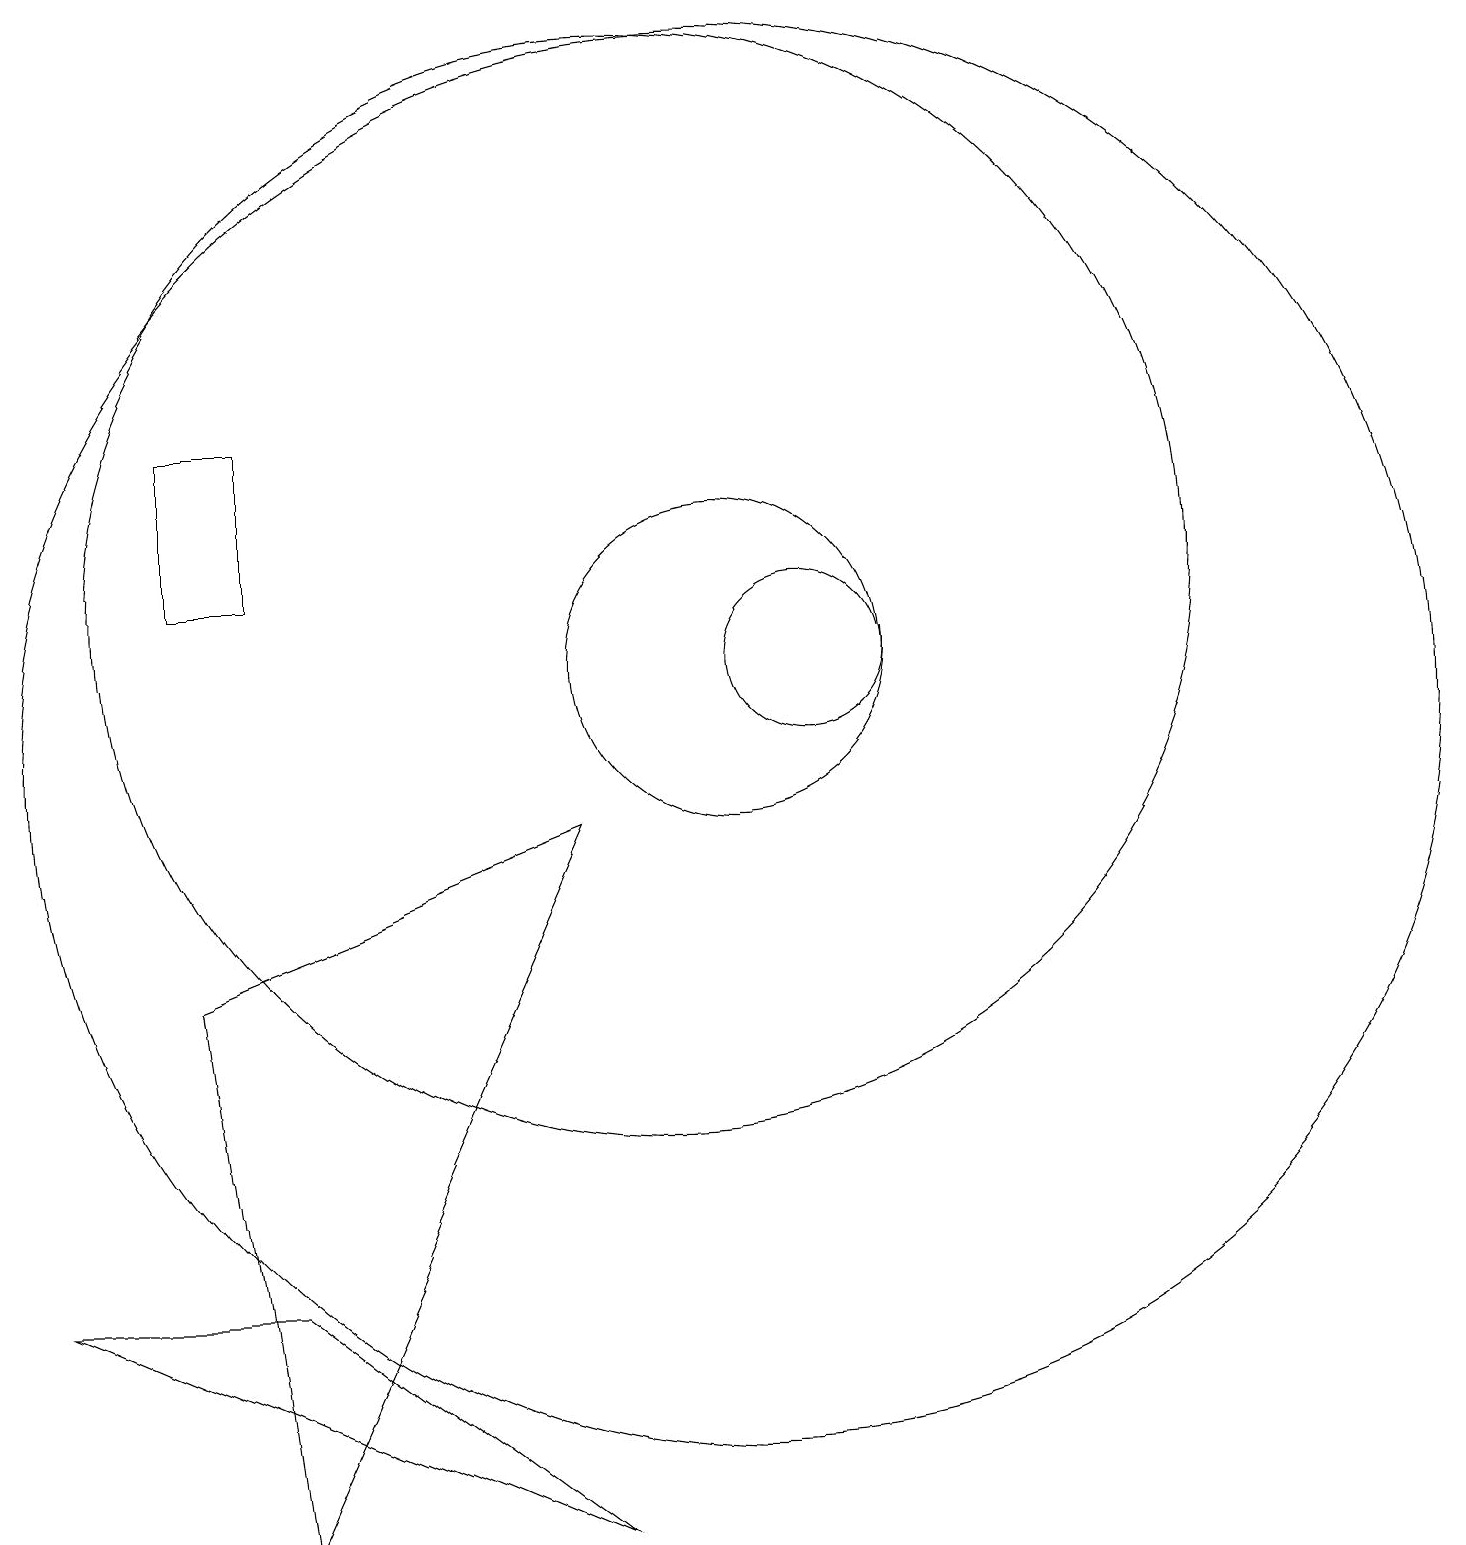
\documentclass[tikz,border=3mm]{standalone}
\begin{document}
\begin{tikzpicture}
\draw (10,12) circle (7);
\draw (5,0) -- (4,7) -- (9,9) -- cycle;
\draw (12,11) circle (1);
\draw (5,14) rectangle (4,12);
\draw (11,10) circle (9);
\draw (2,3) -- (9,0) -- (5,3) -- cycle;
\draw (11,11) circle (2);
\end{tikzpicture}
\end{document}